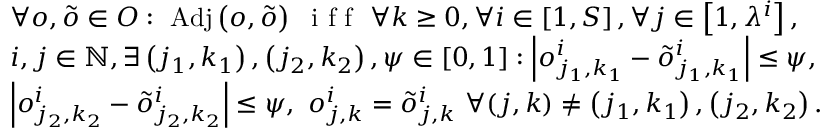
\begin{array} { r l } & { \forall o , \tilde { o } \in O : \ \mathrm { A d j } \left( o , \tilde { o } \right) \ \textrm { i f f } \ \forall k \geq 0 , \forall i \in \left[ 1 , S \right] , \forall j \in \left[ 1 , \lambda ^ { i } \right] , } \\ & { i , j \in \mathbb { N } , \exists \left( j _ { 1 } , k _ { 1 } \right) , \left( j _ { 2 } , k _ { 2 } \right) , \psi \in \left[ 0 , 1 \right] : \left| o _ { j _ { 1 } , k _ { 1 } } ^ { i } - \tilde { o } _ { j _ { 1 } , k _ { 1 } } ^ { i } \right| \leq \psi , } \\ & { \left| o _ { j _ { 2 } , k _ { 2 } } ^ { i } - \tilde { o } _ { j _ { 2 } , k _ { 2 } } ^ { i } \right| \leq \psi , \ o _ { j , k } ^ { i } = \tilde { o } _ { j , k } ^ { i } \ \forall ( j , k ) \neq \left( j _ { 1 } , k _ { 1 } \right) , \left( j _ { 2 } , k _ { 2 } \right) . } \end{array}